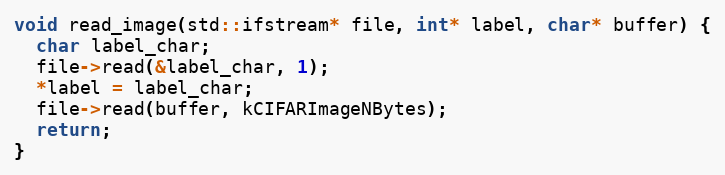
Language: C++
void read_image(std::ifstream* file, int* label, char* buffer) {
  char label_char;
  file->read(&label_char, 1);
  *label = label_char;
  file->read(buffer, kCIFARImageNBytes);
  return;
}